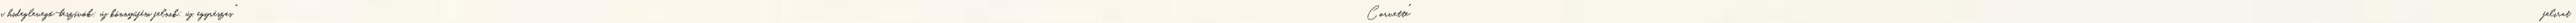
a hideglevegő-beszívók; új könnyűfém felnik; új, egyrészes "Corvette" felirat